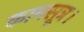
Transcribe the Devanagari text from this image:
कामसूत्र।